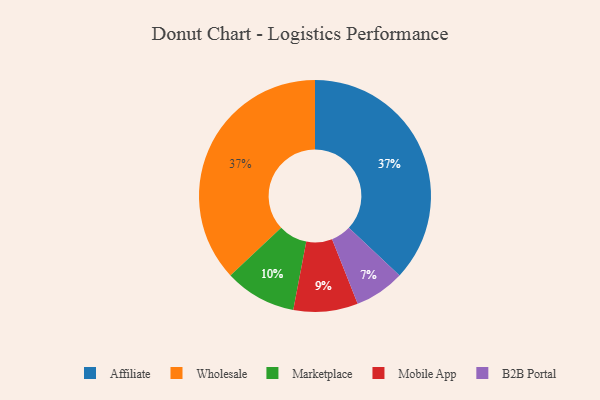
{"axis": {"x": "Category", "y": "Percentage"}, "legend": ["Affiliate", "B2B Portal", "Marketplace", "Mobile App", "Wholesale"], "data": [{"x": "Affiliate", "y": 37, "type": "Affiliate"}, {"x": "Mobile App", "y": 9, "type": "Mobile App"}, {"x": "Wholesale", "y": 37, "type": "Wholesale"}, {"x": "Marketplace", "y": 10, "type": "Marketplace"}, {"x": "B2B Portal", "y": 7, "type": "B2B Portal"}]}